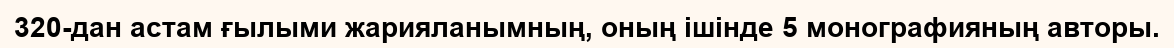
320-дан астам ғылыми жарияланымның, оның ішінде 5 монографияның авторы.